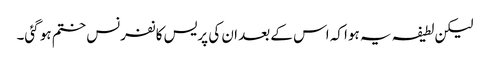
لیکن لطیفہ یہ ہوا کہ اس کے بعد ان کی پریس کانفرنس ختم ہو گئی۔